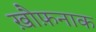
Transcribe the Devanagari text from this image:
ख़ौफ़नाक